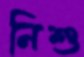
নিশু